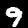
Label: 9